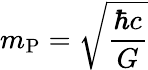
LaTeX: m_{\mathrm{P}}={\sqrt{\frac{\hbar c}{G}}}